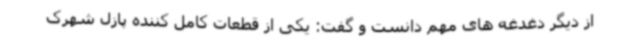
از دیگر دغدغه های مهم دانست و گفت: یکی از قطعات کامل کننده پازل شهرک